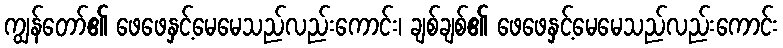
ကျွန်တော်၏ ဖေဖေနှင့်မေမေသည်လည်းကောင်း၊ ချစ်ချစ်၏ ဖေဖေနှင့်မေမေသည်လည်းကောင်း